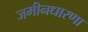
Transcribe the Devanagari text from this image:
जमीनधारणा